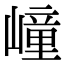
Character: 㠉